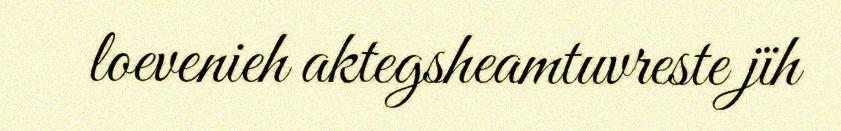
loevenieh aktegsheamtuvreste jïh